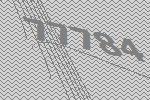
77784